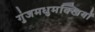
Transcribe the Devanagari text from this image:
गुंजमधुमक्खियों